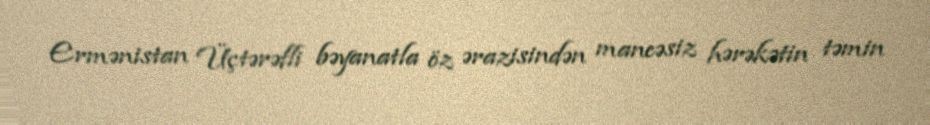
Ermənistan Üçtərəfli bəyanatla öz ərazisindən maneəsiz hərəkətin təmin